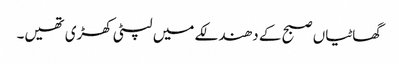
گھاٹیاں صبح کے دھندلکے میں لپٹی کھڑی تھیں۔